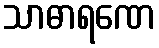
သာဓာရဏေ